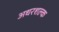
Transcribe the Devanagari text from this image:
अधरशल्क